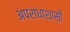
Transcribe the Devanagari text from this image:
अपराधाशास़ी